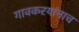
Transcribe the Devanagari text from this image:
गावकरयांनाच